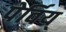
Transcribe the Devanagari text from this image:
पेर्विय्